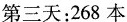
第三天：268本